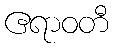
ဧရာဝတီ